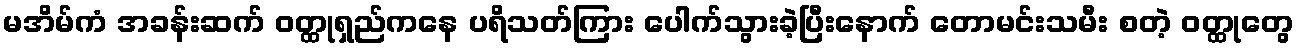
မအိမ်ကံ အခန်းဆက် ဝတ္ထုရှည်ကနေ ပရိသတ်ကြား ပေါက်သွားခဲ့ပြီးနောက် တောမင်းသမီး စတဲ့ ဝတ္ထုတွေ